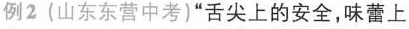
例2(山东东营中考)“舌尖上的安全，味蕾上